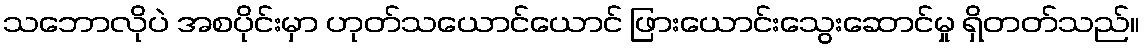
သဘောလိုပဲ အစပိုင်းမှာ ဟုတ်သယောင်ယောင် ဖြားယောင်းသွေးဆောင်မှု ရှိတတ်သည်။